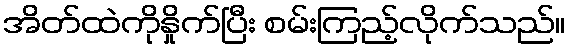
အိတ်ထဲကိုနှိုက်ပြီး စမ်းကြည့်လိုက်သည်။